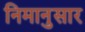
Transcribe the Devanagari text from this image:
निमानुसार